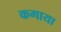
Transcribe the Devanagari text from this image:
कगाया